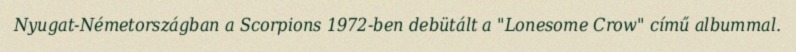
Nyugat-Németországban a Scorpions 1972-ben debütált a "Lonesome Crow" című albummal.